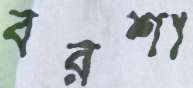
বরশা